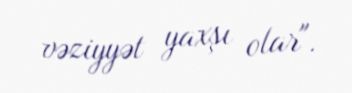
vəziyyət yaxşı olar".